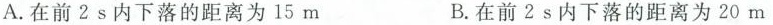
A.在前2s内下落的距离为15m B.在前2s内下落的距离为20m